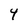
Character: Y